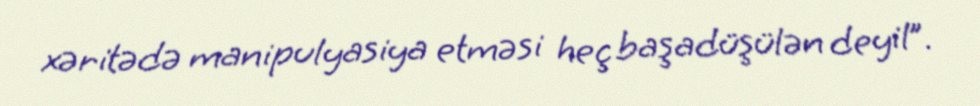
xəritədə manipulyasiya etməsi heç başadüşülən deyil”.